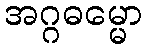
အဂ္ဂဓမ္မော